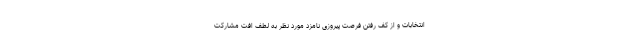
انتخابات و از کف رفتن فرصت پیروزی نامزد مورد نظر به لطف اُفت مشارکت